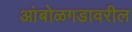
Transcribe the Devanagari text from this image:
आंबोळगडावरील